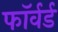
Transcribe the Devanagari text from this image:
फाॅर्वर्ड